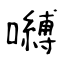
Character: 嚩